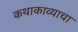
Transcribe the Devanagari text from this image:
कथाकाव्याचा